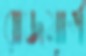
রাজমার্গ